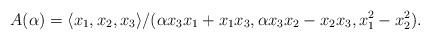
LaTeX: \begin{align*}A(\alpha) = \langle x_1, x_2, x_3 \rangle/(\alpha x_3x_1 + x_1 x_3, \alpha x_3x_2- x_2x_3, x_1^2 - x_2^2).\end{align*}